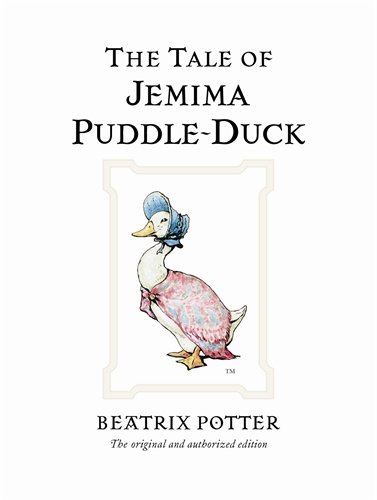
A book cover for The Tale of Jemima Puddle-Duck (Peter Rabbit); Beatrix Potter; Mystery, Thriller & Suspense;